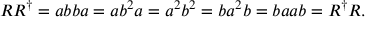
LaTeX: R R ^ { \dagger } = a b b a = a b ^ { 2 } a = a ^ { 2 } b ^ { 2 } = b a ^ { 2 } b = b a a b = R ^ { \dagger } R .